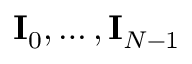
\mathbf { I } _ { 0 } , \dots , \mathbf { I } _ { N - 1 }